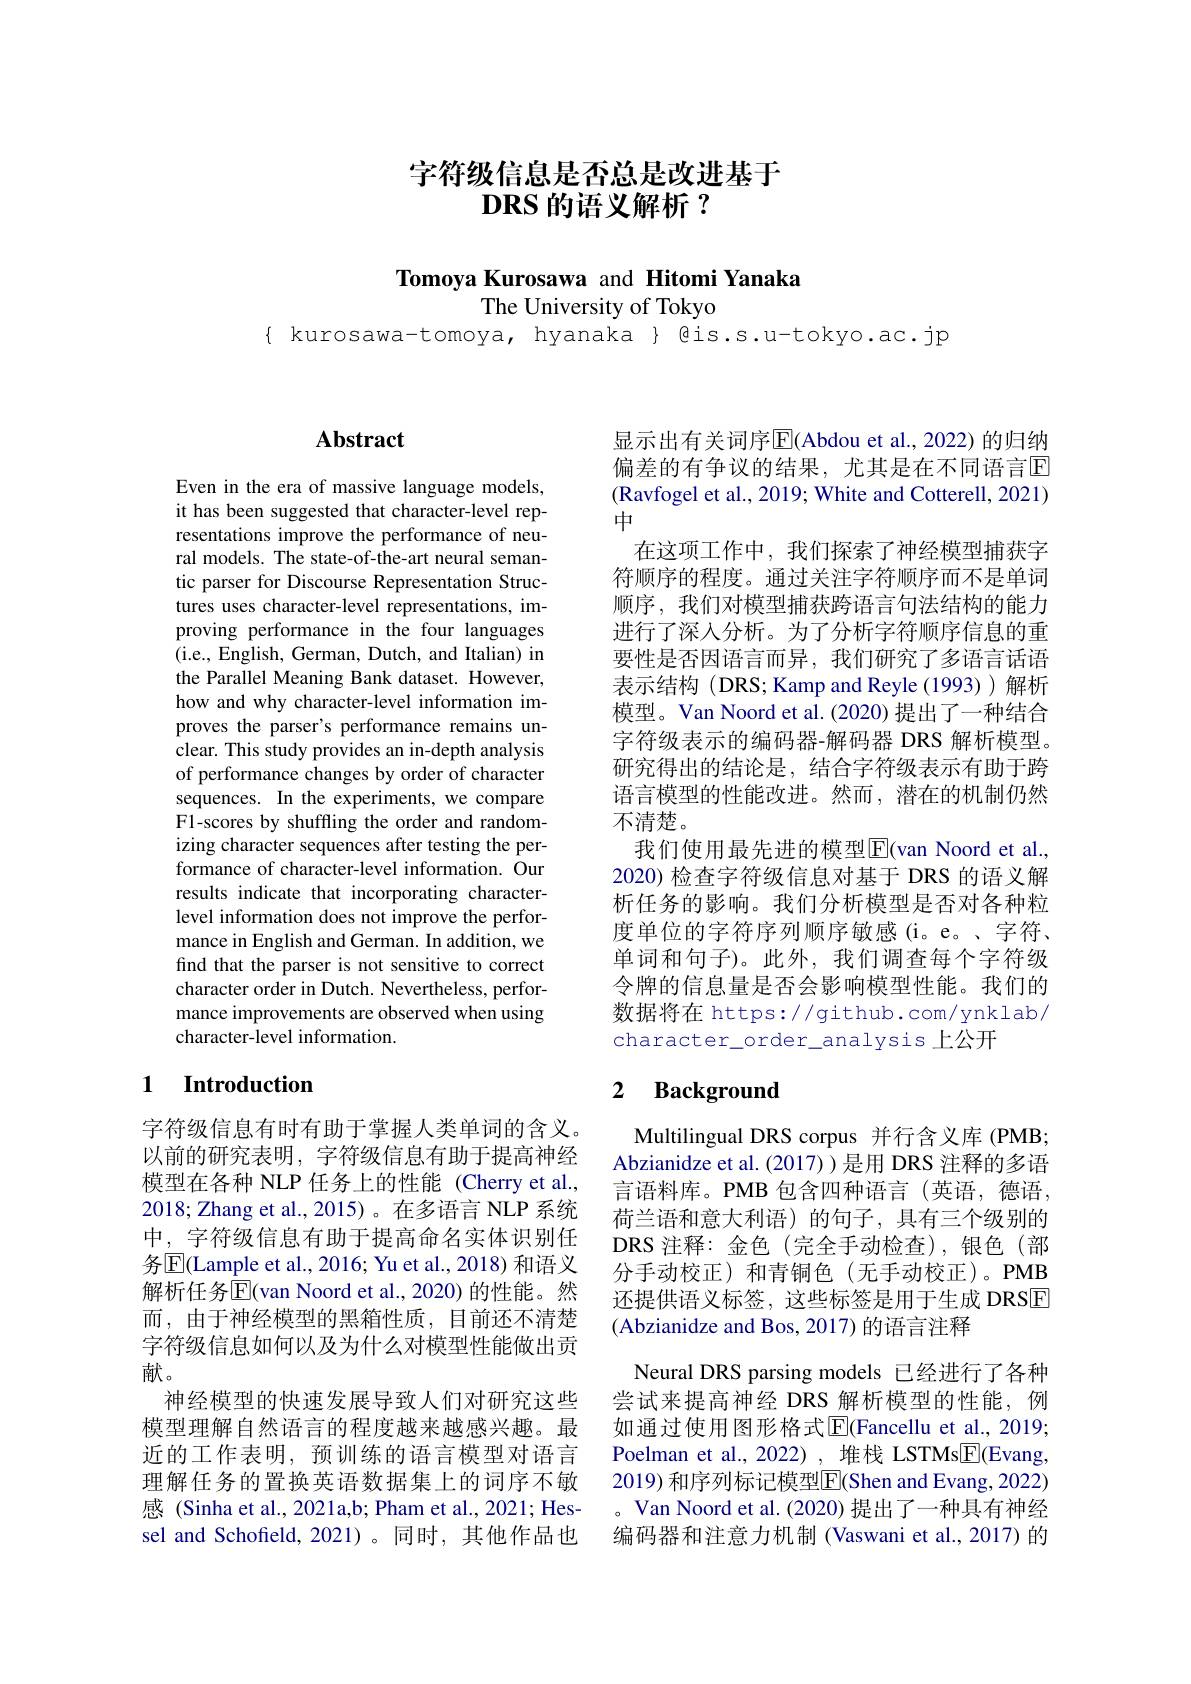
# 字符级信息是否总是改进基于$\textbf{DRS 的 语 义 解 析 }?$

Tomoya Kurosawa and Hitomi Yanaka
The University of Tokyo
$\{$ kurosawa-tomoya, hyanaka $\}$ @is.s.u-tokyo.ac.jp

## $\mathbf{Abstract}$

Even in the era of massive language models, it has been suggested that character-level representations improve the performance of neural models. The state-of-the-art neural semantic parser for Discourse Representation Structures uses character-level representations, improving performance in the four languages ( i. e. , English, German, Dutch, and Italian) in the Parallel Meaning Bank dataset. However, how and why character-level information improves the parser's performance remains unclear. This study provides an in-depth analysis of performance changes by order of character sequences. In the experiments, we compare F1-scores by shuffling the order and randomizing character sequences after testing the performance of character-level information. Our results indicate that incorporating characterlevel information does not improve the performance in English and German. In addition, we find that the parser is not sensitive to correct character order in Dutch. Nevertheless, performance improvements are observed when using character-level information.

## 1 Introduction

字符级信息有时有助于掌握人类单词的含义。以前的研究表明，字符级信息有助于提高神经模型在各种 NLP 任务上的性能 (Cherry et al., 2018; Zhang et al., 2015)。在多语言 NLP 系统中，字符级信息有助于提高命名实体识别任务$\overline{\mathrm{E}}($Lample et al., 2016; Yu et al., 2018) 和语义解析任务$\overline{\mathrm{E}}$(van Noord et al.,2020)的性能。然而，由于神经模型的黑箱性质，目前还不清楚字符级信息如何以及为什么对模型性能做出贡献。
神经模型的快速发展导致人们对研究这些模型理解自然语言的程度越来越感兴趣。最近的工作表明，预训练的语言模型对语言理解任务的置换英语数据集上的词序不敏感 (Sinha et al., 2021a,b; Pham et al., 2021; Hessel and Schofield, 2021)。同时，其他作品也

显示出有关词序$\overline{\mathrm{E}}($Abdou et al.,2022)的归纳偏差的有争议的结果，尤其是在不同语言$\overline{\mathrm{E}}$ (Ravfogel et al., 2019; White and Cotterell, 2021) 中
在这项工作中，我们探索了神经模型捕获字符顺序的程度。通过关注字符顺序而不是单词顺序，我们对模型捕获跨语言句法结构的能力进行了深人分析。为了分析字符顺序信息的重要性是否因语言而异，我们研究了多语言话语表示结构 (DRS; Kamp and Reyle (1993))解析模型。Van Noord et al. (2020) 提出了一种结合字符级表示的编码器-解码器 DRS 解析模型。研究得出的结论是，结合字符级表示有助于跨语言模型的性能改进。然而，潜在的机制仍然不清楚。
我们使用最先进的模型E$( van Noord et al. $, 2020) 检查字符级信息对基于 DRS 的语义解析任务的影响。我们分析模型是否对各种粒度单位的字符序列顺序敏感(i。e。、字符、 单词和句子)。此外，我们调查每个字符级令牌的信息量是否会影响模型性能。我们的数据将在 https://github.com/ynklab/ character\_order\_analysis 上公开

## 2 Background

Multilingual DRS corpus 并行含义库 (PMB; Abzianidze et al.(2017))是用 DRS 注释的多语言语料库。PMB 包含四种语言(英语，德语， 荷兰语和意大利语)的句子，具有三个级别的DRS 注释：金色(完全手动检查),银色(部分手动校正)和青铜色(无手动校正)。PMB 还提供语义标签，这些标签是用于生成 DRSE (Abzianidze and Bos, 2017) 的语言注释
Neural DRS parsing models 已经进行了各种尝试来提高神经 DRS 解析模型的性能，例如通过使用图形格式$\overline{\mathrm{E}}($Fancellu et al., 2019; Poelman et al., 2022) , 堆栈 LSTMs$\underline{\mathrm{E}}($Evang, 2019) 和序列标记模型$\overline{\mathrm{E}}($Shen and Evang, 2022) 。Van Noord et al. (2020) 提出了一种具有神经编码器和注意力机制 (Vaswani et al., 2017) 的